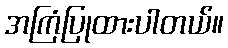
အကြံပြုထားပါတယ်။